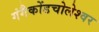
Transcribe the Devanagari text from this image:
गंगैकोंडचोलेश्वर